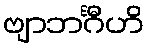
ဗျာဘင်္ဂီဟိ